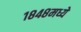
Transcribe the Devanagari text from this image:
१८४८मध्ये